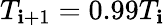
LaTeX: T_{\mathbf{i}+1}=0.99T_{\mathbf{i}}